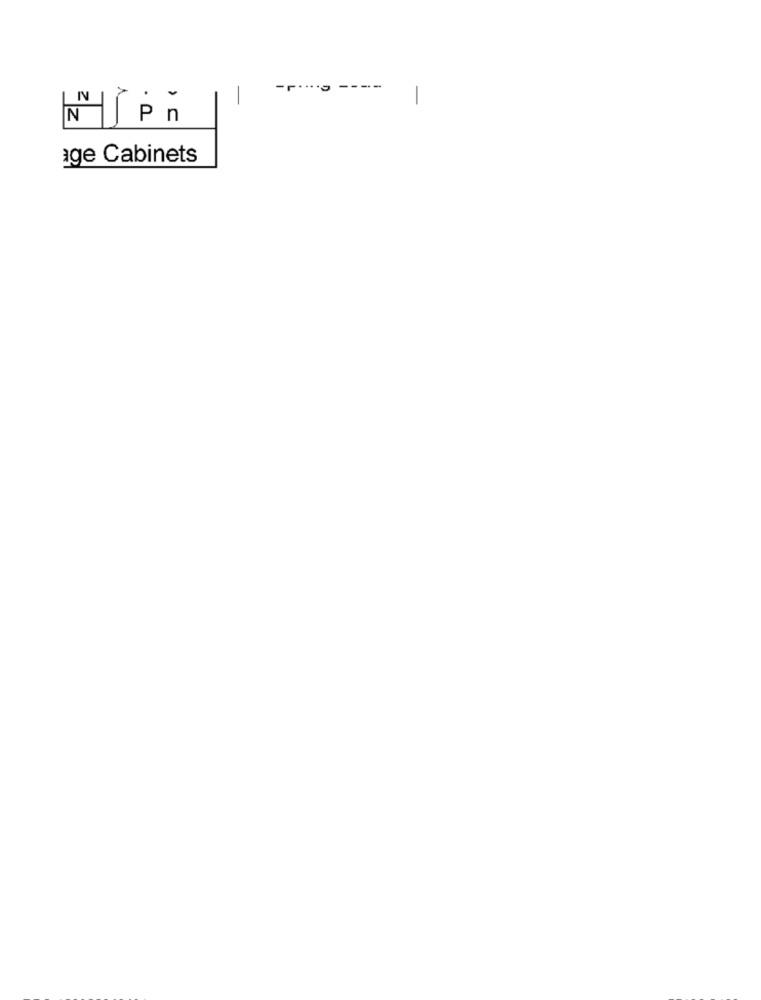
-..... --
IN
Z
age Cabinets